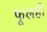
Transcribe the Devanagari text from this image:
फूलही